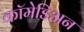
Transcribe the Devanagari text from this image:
कॉमेडिअन